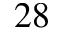
^ { 2 8 }